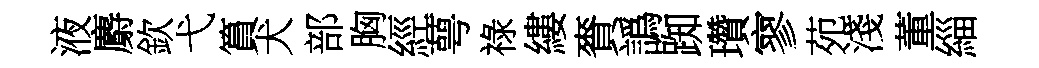
液麝欽弋篔犬部胸經萼祿縷賚譌踟瓚寥苑淺董緇